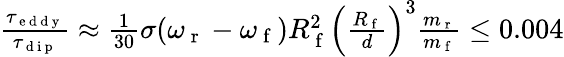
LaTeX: \begin{array}{r}{\frac{\tau_{\mathrm{~e~d~d~y~}}}{\tau_{\mathrm{~d~i~p~}}}\approx\frac{1}{30}\sigma(\omega_{\mathrm{~r~}}-\omega_{\mathrm{~f~}})R_{\mathrm{~f~}}^{2}\left(\frac{R_{\mathrm{~f~}}}{d}\right)^{3}\frac{m_{\mathrm{~r~}}}{m_{\mathrm{~f~}}}\leq 0.004}\end{array}